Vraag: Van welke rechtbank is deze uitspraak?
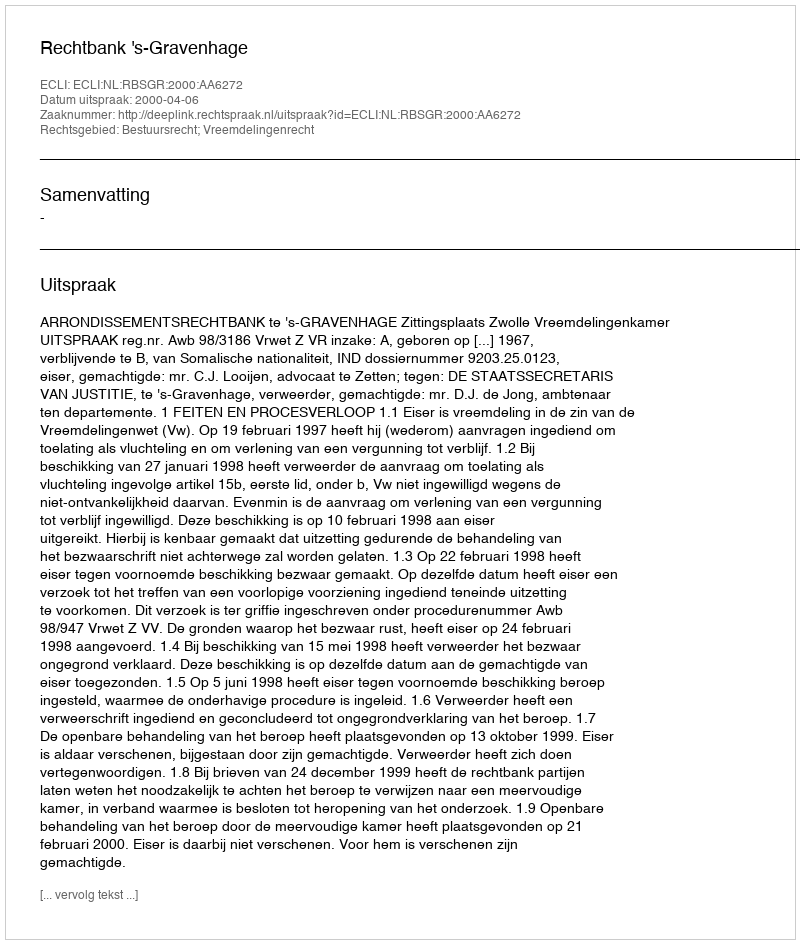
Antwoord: Rechtbank 's-Gravenhage